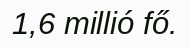
1,6 millió fő.